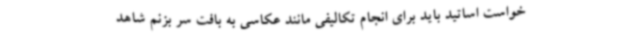
خواست اساتید باید برای انجام تکالیفی مانند عکاسی به بافت سر بزنم شاهد